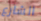
الشارع